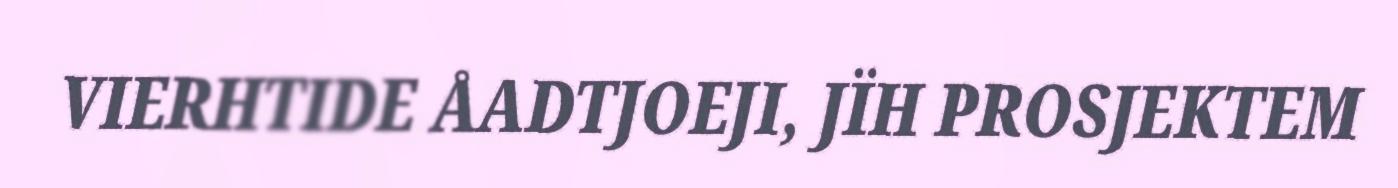
VIERHTIDE ÅADTJOEJI, JÏH PROSJEKTEM